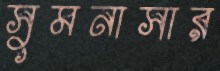
সুমনাসার